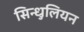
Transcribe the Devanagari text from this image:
सिन्धुलियन